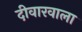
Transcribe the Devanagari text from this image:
दीवारवाला